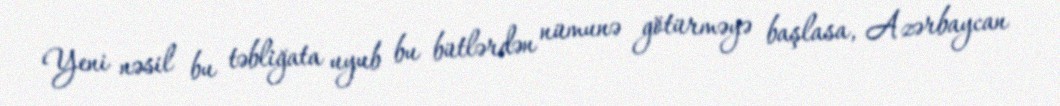
Yeni nəsil bu təbliğata uyub bu bütlərdən nümunə götürməyə başlasa, Azərbaycan